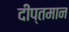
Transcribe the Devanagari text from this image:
दीप्तमान